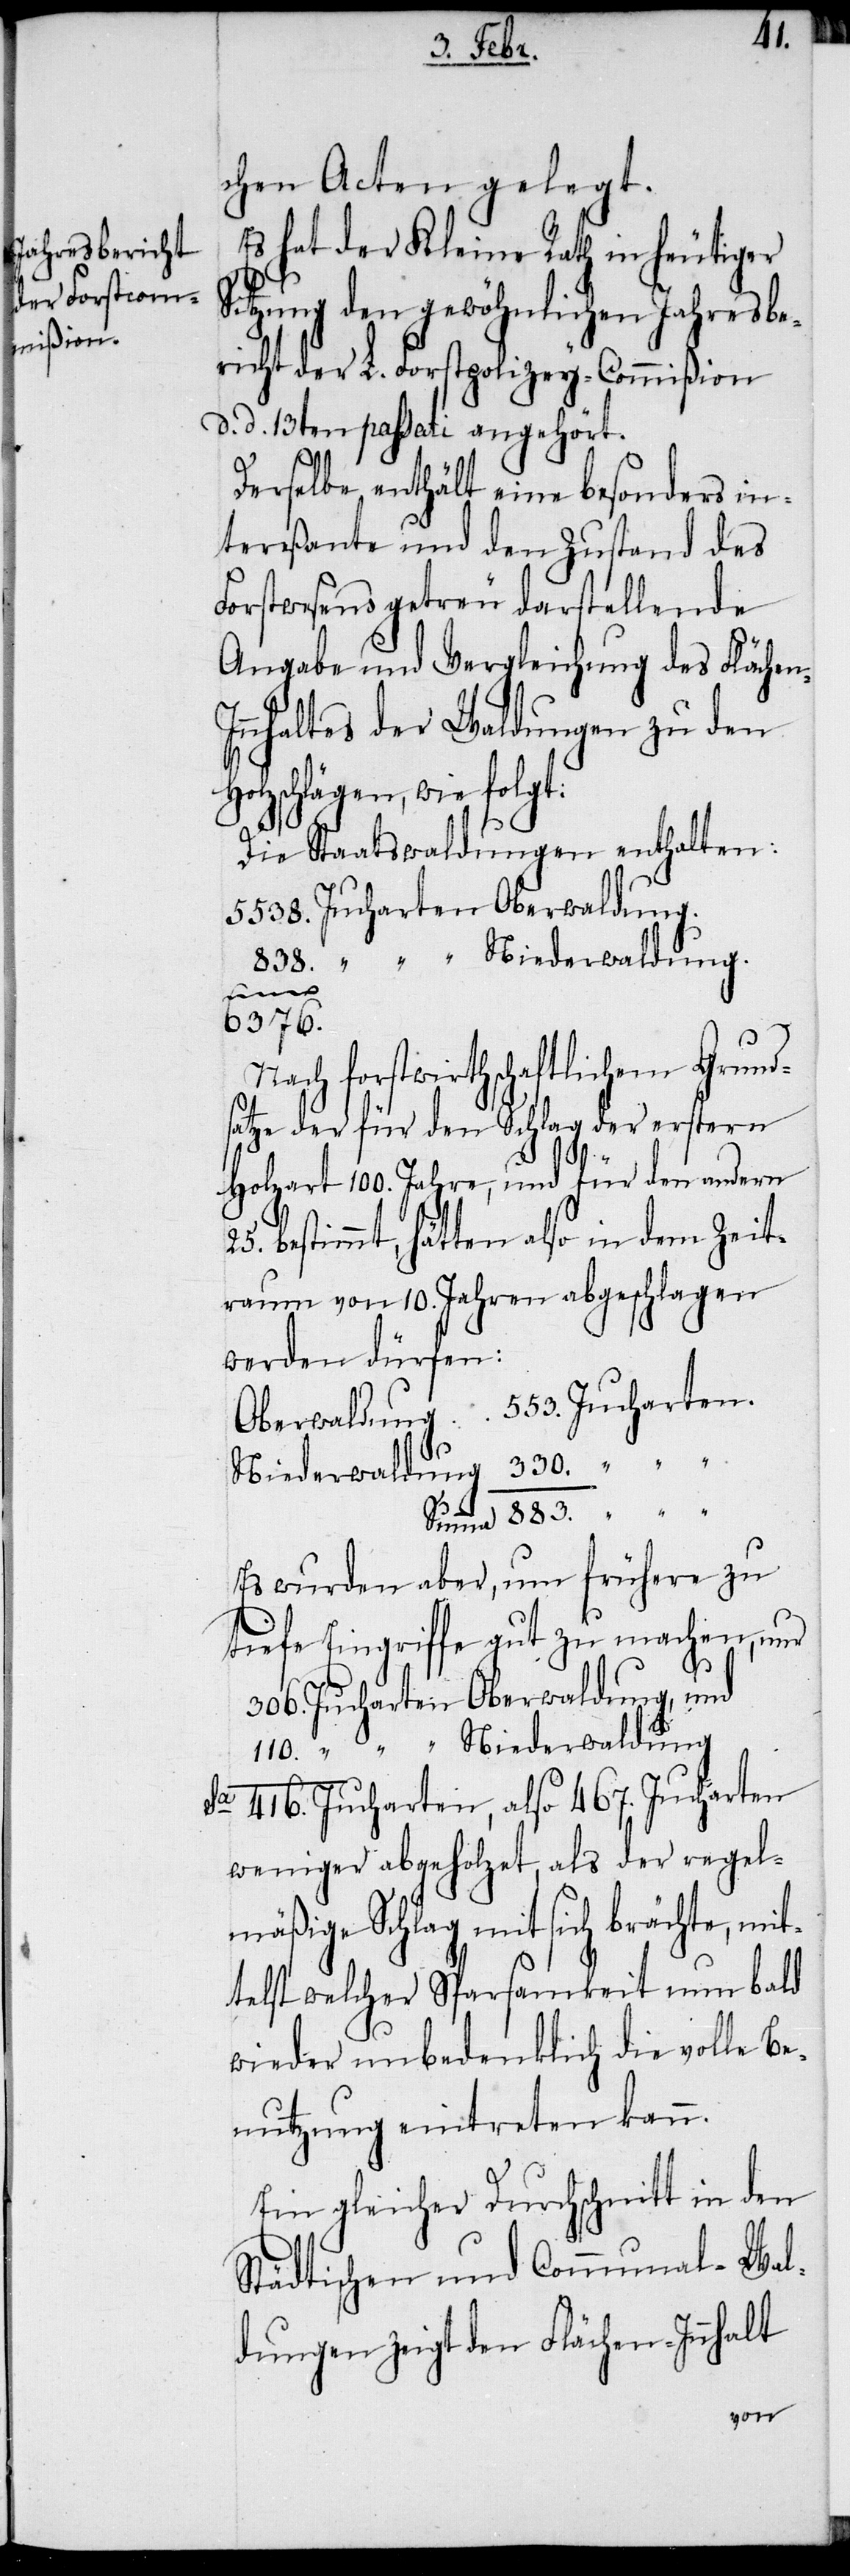
416.
chen Acten gelegt.
Es hat der Kleine Rath in heutiger
Sitzung den gewöhnlichen Jahresbe¬
richt der L. Forstpolizey-Commißion
d. d. 13ten passati angehört.
Derselbe enthält eine besonders in¬
tereßante und den Zustand des
Forstwesens getreu darstellende
Angabe und Vergleichung des Fläche¬
nnhaltes der Waldungen zu den
Holzschlägen, wie folgt:
Die Staatswaldungen enthalten:
Jucharten Oberwaldung.
6376.
Nach forstwirthschaftlichem Grund¬
satze der für den Schlag der erstern
„
Holzart 100. Jahre, und für den andern
bestimmt, hätten also in dem Zeit¬
raum von 10. Jahren abgeschlagen
werden dürfen:
Niederwaldung.
Es wurden aber, um frühere zu
tiefe Eingriffe gut zu machen, nur
Jucharten Oberwaldung, und
„ Niederwaldung
weniger abgeholzet, als der regel¬
mäßige Schlag mit sich brächte, mit¬
telst welcher Sparsamkeit nun bald
wieder unbedenklich die volle Be¬
nutzung eintreten kann.
Ein gleicher Durchschnitt in den
Städtischen und Communal-Wal¬
dungen zeigt den Flächen-Innhalt